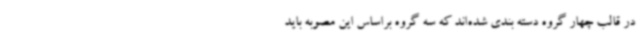
در قالب چهار گروه دسته بندی شده‌اند که سه گروه براساس این مصوبه باید